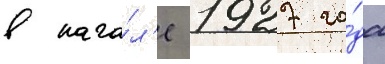
в нача́л'е 1927 го́да